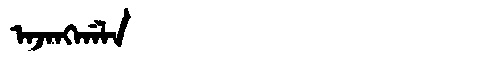
Manchu: ᠠᠵᠠᠩᡤᠠᠯᠠ
Romanization: AJANGGALA